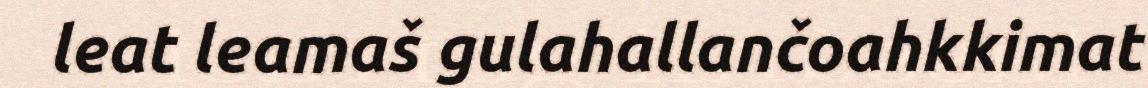
leat leamaš gulahallančoahkkimat